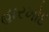
હારખોદ